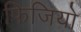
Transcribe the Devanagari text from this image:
फिजियो